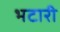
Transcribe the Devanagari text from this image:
भटारी